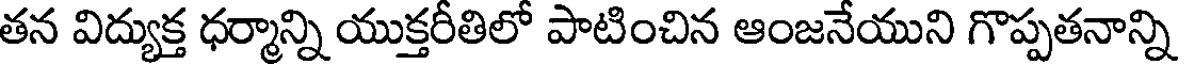
తన విద్యుక్త ధర్మాన్ని యుక్తరీతిలో పాటించిన ఆంజనేయుని గొప్పతనాన్ని